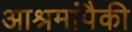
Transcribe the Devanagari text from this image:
आश्रमांपैकी